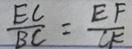
\frac { E C } { B C } = \frac { E F } { C K }